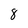
Character: 8